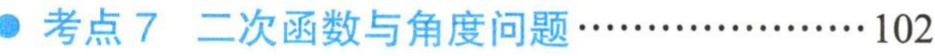
考点7 二次函数与角度问题\(\cdots\cdots\cdots\cdots\cdots\cdots102\)